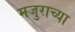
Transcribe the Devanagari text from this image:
मजुराच्या